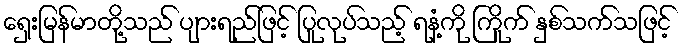
ရှေးမြန်မာတို့သည် ပျားရည်ဖြင့် ပြုလုပ်သည့် ရနံ့ကို ကြိုက် နှစ်သက်သဖြင့်